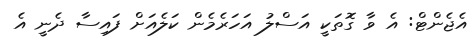
އެޖެންޓް: އެ ވާ ގޮތަކީ އަސްލު އަހަރެމެން ކަލެއަށް ފައިސާ ދެނީ އެ